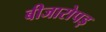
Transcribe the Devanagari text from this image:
बीजारोपड़